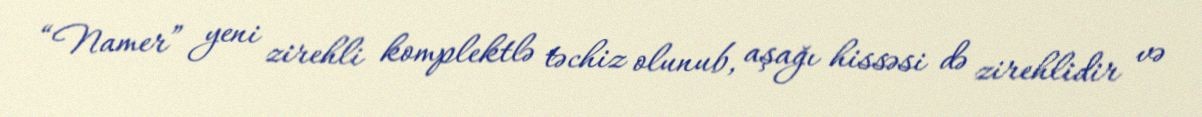
“Namer” yeni zirehli komplektlə təchiz olunub, aşağı hissəsi də zirehlidir və